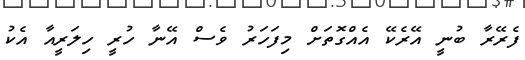
ފެރޭރާ ބުނީ އޭރެކޭ އެއްގޮތަށް މިފަހަރު ވެސް އޭނާ ހުރީ ހިލަރީއާ އެކު